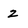
Character: 2